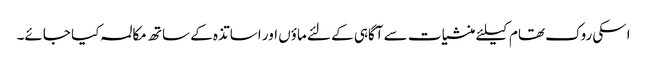
اسکی روک تھام کیلئے منشیات سے آگاہی کے لئے ماؤں اور اساتذہ کے ساتھ مکالمہ کیا جائے۔